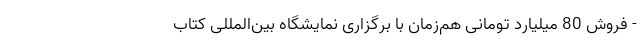
- فروش 80 میلیارد تومانی هم‌زمان با برگزاری نمایشگاه بین‌المللی کتاب